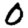
Digit: 0